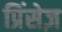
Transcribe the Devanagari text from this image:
प्रिंसेज़